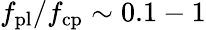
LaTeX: f_{\mathrm{pl}}/f_{\mathrm{cp}}\sim 0.1-1